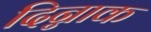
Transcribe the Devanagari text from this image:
दिन्नाक